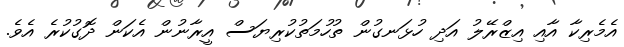
އެމެރިކާ އާއި އިޒްރޭލު އަދި ހުޅަނގުން ތުހުމަތުކުރިޔަސް އީރާނުން އެކަން ދޮގުކުރެ އެވެ.